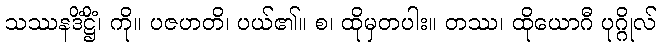
သဿနဒိံဋ္ဌိံ၊ ကို။ ပဇဟတိ၊ ပယ်၏။ စ၊ ထိုမှတပါး။ တဿ၊ ထိုယောဂီ ပုဂ္ဂိုလ်